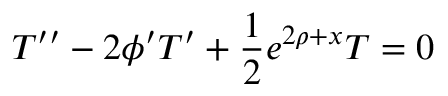
T ^ { \prime \prime } - 2 \phi ^ { \prime } T ^ { \prime } + \frac { 1 } { 2 } e ^ { 2 \rho + x } T = 0